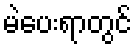
မဲပေးရာတွင်